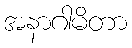
အနာဂါမိတာ